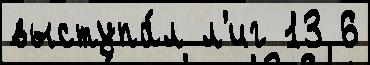
выступа́л л'иг 13 6